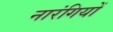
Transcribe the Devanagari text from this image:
नारंगियों